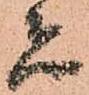
者